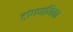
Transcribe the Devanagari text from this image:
टांगणयिका